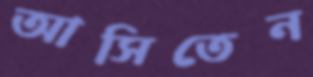
আসিতেন